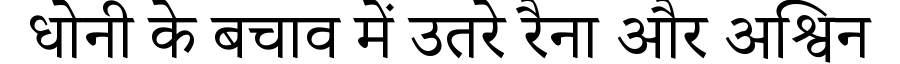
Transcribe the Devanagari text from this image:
धोनी के बचाव में उतरे रैना और अश्विन